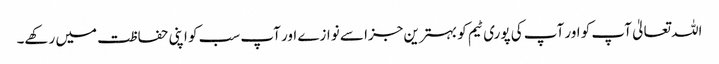
اللہ تعالیٰ آپ کو اور آپ کی پوری ٹیم کو بہترین جزا سے نوازے اور آپ سب کو اپنی حفاظت میں رکھے۔